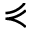
\curlyeqprec